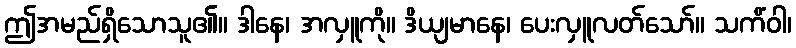
ဤအမည်ရှိသောသူ၏။ ဒါနေ၊ အလှူကို။ ဒိယျမာနေ၊ ပေးလှူလတ်သော်။ သကိံဝါ၊